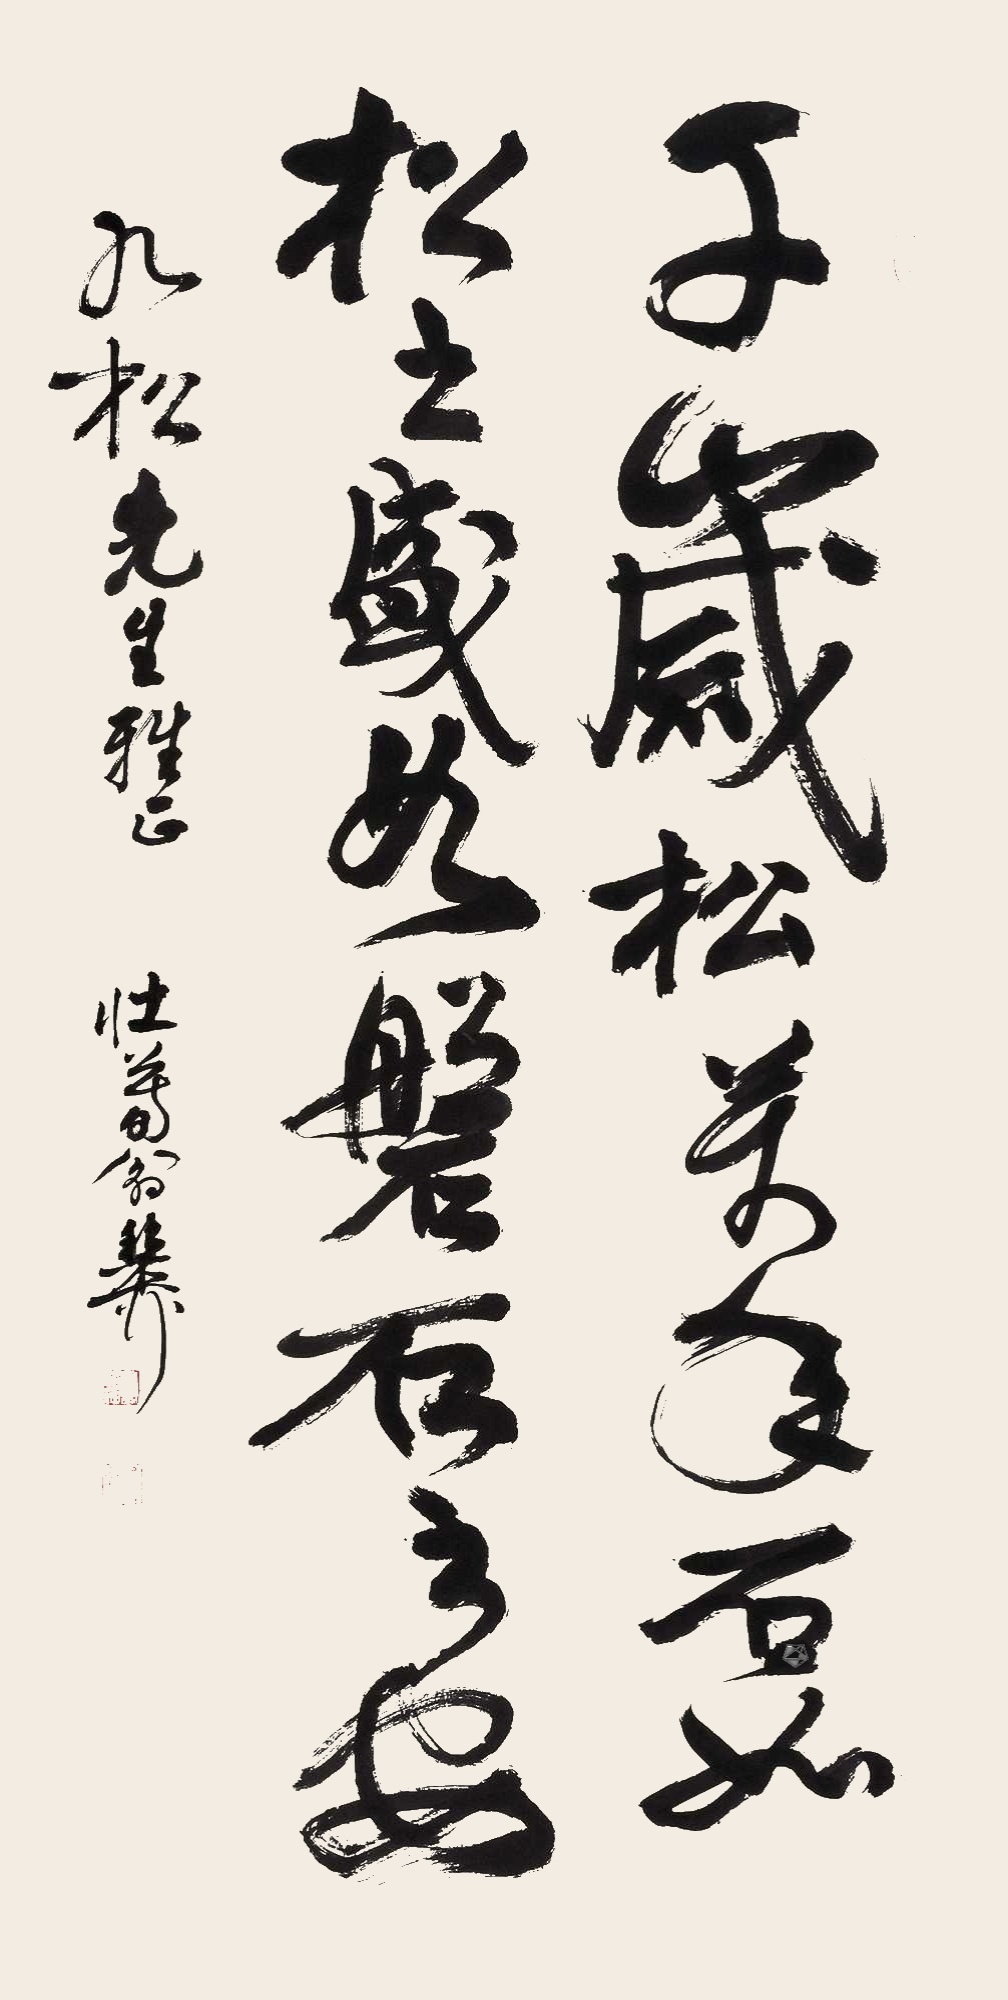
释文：千岁松，万年石。如松之盛，如磐石之安。九松先生雅正，壮暮翁稚柳。